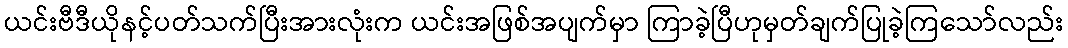
ယင်းဗီဒီယိုနင့်ပတ်သက်ပြီးအားလုံးက ယင်းအဖြစ်အပျက်မှာ ကြာခဲ့ပြီဟုမှတ်ချက်ပြုခဲ့ကြသော်လည်း